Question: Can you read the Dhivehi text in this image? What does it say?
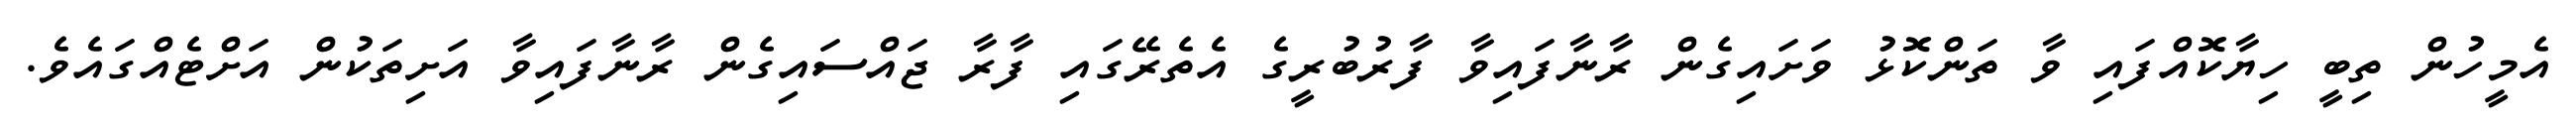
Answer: އެމީހުން ތިބީ ހިޔާކޮއްފައި ވާ ތަންކޮޅު ވަށައިގެން ރާނާފައިވާ ފާރުބުރީގެ އެތެރޭގައި ފާރާ ޖައްސައިގެން ރާނާފައިވާ އަށިތަކުން އަށްޓެއްގައެވެ.